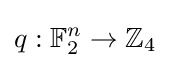
q:\mathbb {F} _{2}^{n}\to \mathbb {Z} _{4}